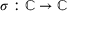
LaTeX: \sigma : \mathbb { C } \rightarrow \mathbb { C }